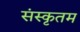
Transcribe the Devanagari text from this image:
संस्कृतम